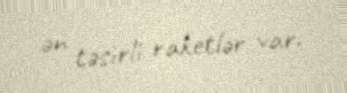
ən təsirli raketlər var.